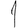
Digit: 1